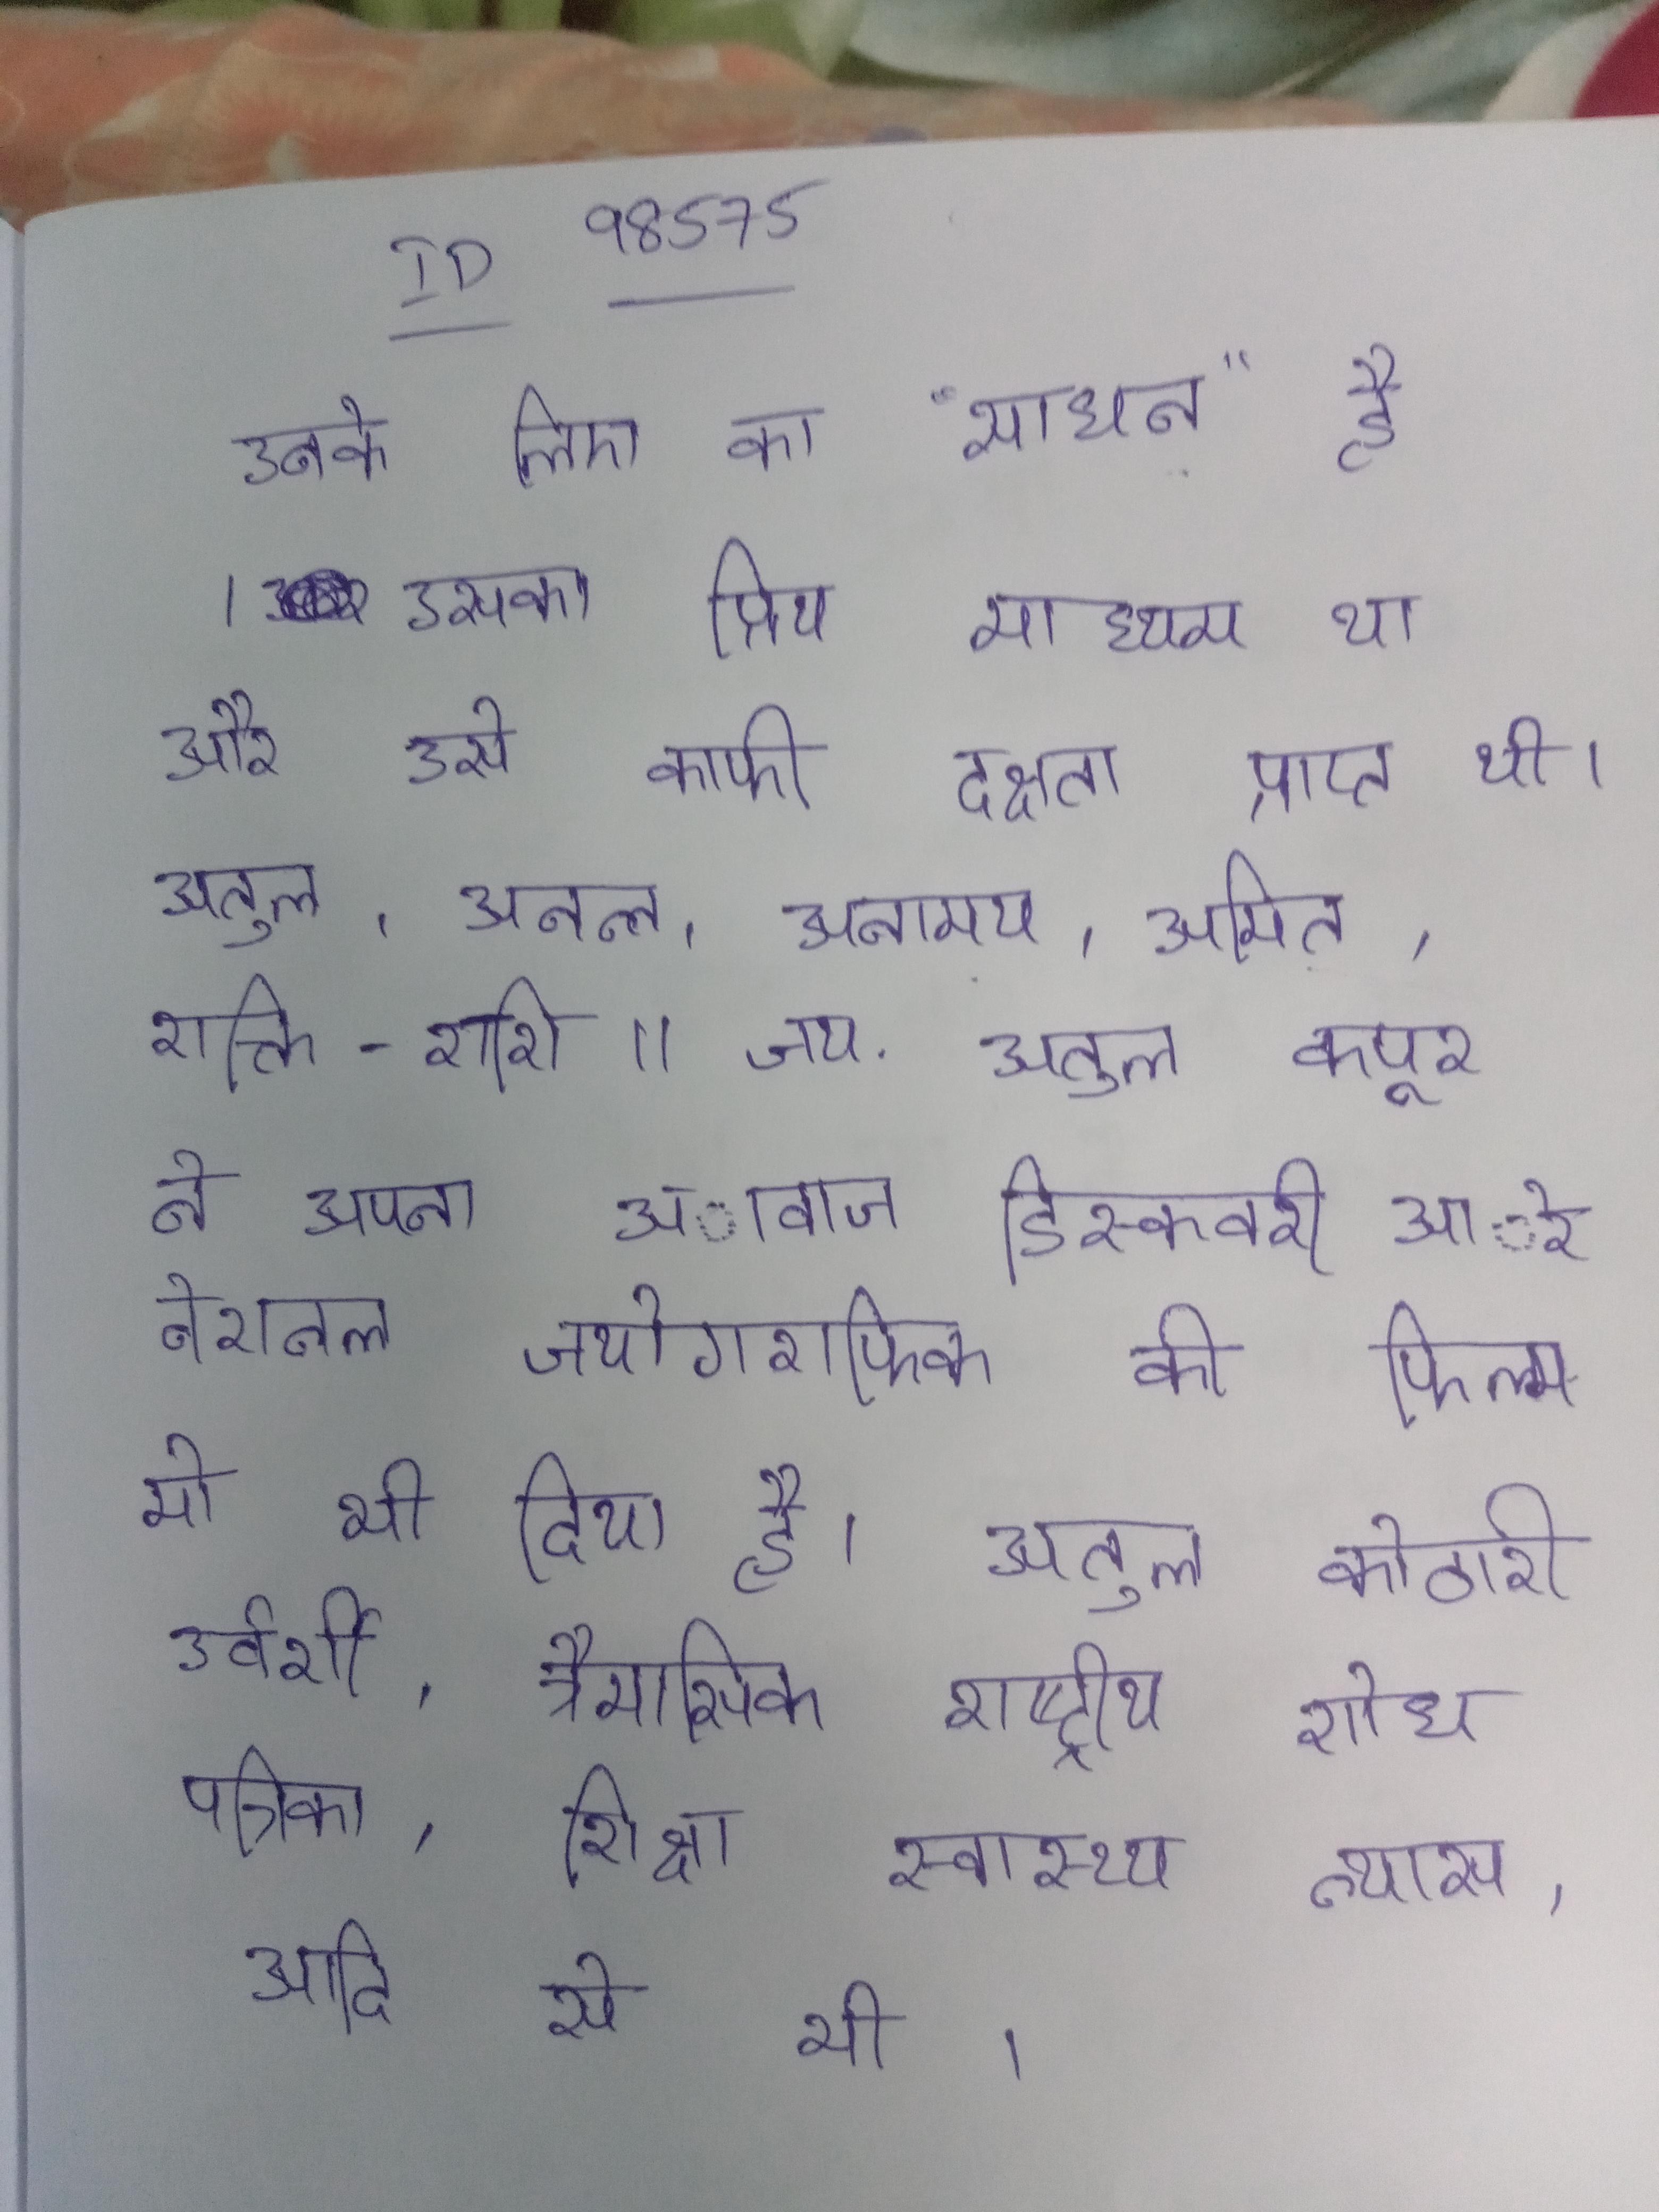
उनके लिए का "साधन" है । उसका प्रिय माध्यम था और उसे काफी दक्षता प्राप्त थी । अतुल, अनन्त, अनामय, अमित, शक्ति-राशि॥ जय . अतुल कपूर ने अपना अावाज डिस्कवरी आेर नेशनल जयोगराफीक की फिल्म मो भी दिया है । अतुल कोठारी उर्वर्शी, त्रैमासिक राष्ट्रीय शोध पत्रिका, शिक्षा स्वास्थ्य न्यास, आदि से भी ।